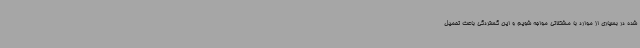
شده در بسیاری از موارد با مشکلاتی مواجه شویم و این گستردگی باعث تحمیل